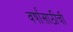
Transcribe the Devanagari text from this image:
वर्षांसाठीची